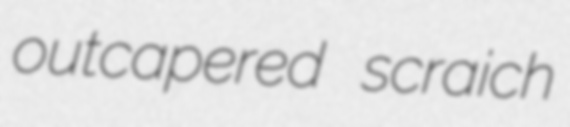
outcapered scraich